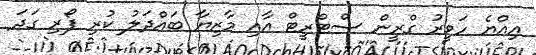
އިއްޔެ ހަވީރު ގްރީން ސްޓްރީޓް އާއި މާޒިޔާ ބައްދަލު ކުރި ފޯރި ގަދަ